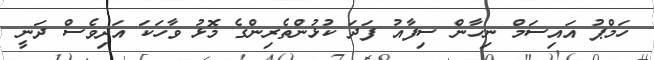
ހަމްޕު އައިސަމް ނިހާން ސިފާއު ފަދަ ކުޅުންތެރިންގެ މޮޅު ވާހަކަ އަދިވެސް ދަނީ